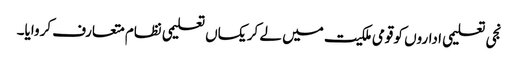
نجی تعلیمی اداروں کو قومی ملکیت میں لے کر یکساں تعلیمی نظام متعارف کروایا۔